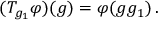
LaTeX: ( T _ { g _ { 1 } } \varphi ) ( g ) = \varphi ( g g _ { 1 } ) \, .